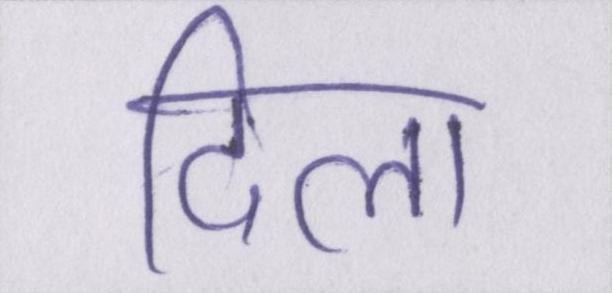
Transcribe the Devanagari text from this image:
दिला